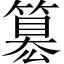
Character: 簒